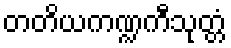
တတိယကဏ္ဍကီသုတ္တံ